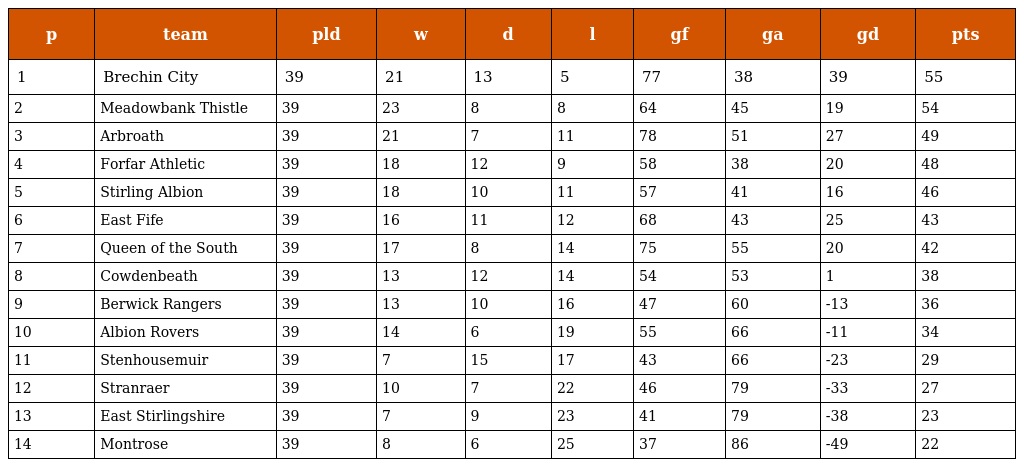
| p | team | pld | w | d | l | gf | ga | gd | pts |
 | --- | --- | --- | --- | --- | --- | --- | --- | --- | --- |
 | 1 | Brechin City | 39 | 21 | 13 | 5 | 77 | 38 | 39 | 55 |
 | 2 | Meadowbank Thistle | 39 | 23 | 8 | 8 | 64 | 45 | 19 | 54 |
 | 3 | Arbroath | 39 | 21 | 7 | 11 | 78 | 51 | 27 | 49 |
 | 4 | Forfar Athletic | 39 | 18 | 12 | 9 | 58 | 38 | 20 | 48 |
 | 5 | Stirling Albion | 39 | 18 | 10 | 11 | 57 | 41 | 16 | 46 |
 | 6 | East Fife | 39 | 16 | 11 | 12 | 68 | 43 | 25 | 43 |
 | 7 | Queen of the South | 39 | 17 | 8 | 14 | 75 | 55 | 20 | 42 |
 | 8 | Cowdenbeath | 39 | 13 | 12 | 14 | 54 | 53 | 1 | 38 |
 | 9 | Berwick Rangers | 39 | 13 | 10 | 16 | 47 | 60 | -13 | 36 |
 | 10 | Albion Rovers | 39 | 14 | 6 | 19 | 55 | 66 | -11 | 34 |
 | 11 | Stenhousemuir | 39 | 7 | 15 | 17 | 43 | 66 | -23 | 29 |
 | 12 | Stranraer | 39 | 10 | 7 | 22 | 46 | 79 | -33 | 27 |
 | 13 | East Stirlingshire | 39 | 7 | 9 | 23 | 41 | 79 | -38 | 23 |
 | 14 | Montrose | 39 | 8 | 6 | 25 | 37 | 86 | -49 | 22 |